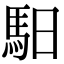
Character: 馹